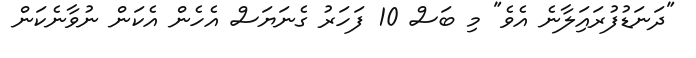
"ދަނަޑުފުރައަިލާނެ އެވެ" މި ބަސް 10 ފަހަރު ގެނަޔަސް އެހެން އެކަން ނުވާނެކަން